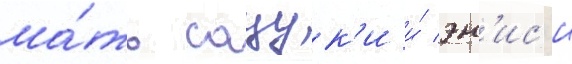
ма́ть сацук'и и́ эн'ис'и